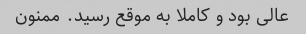
عالی بود و کاملا به موقع رسید. ممنون